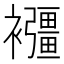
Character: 𧟂